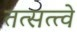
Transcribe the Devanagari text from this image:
तत्सत्त्वे